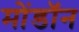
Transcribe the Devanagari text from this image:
मोंडॉन